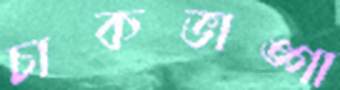
চাকভাঙ্গা